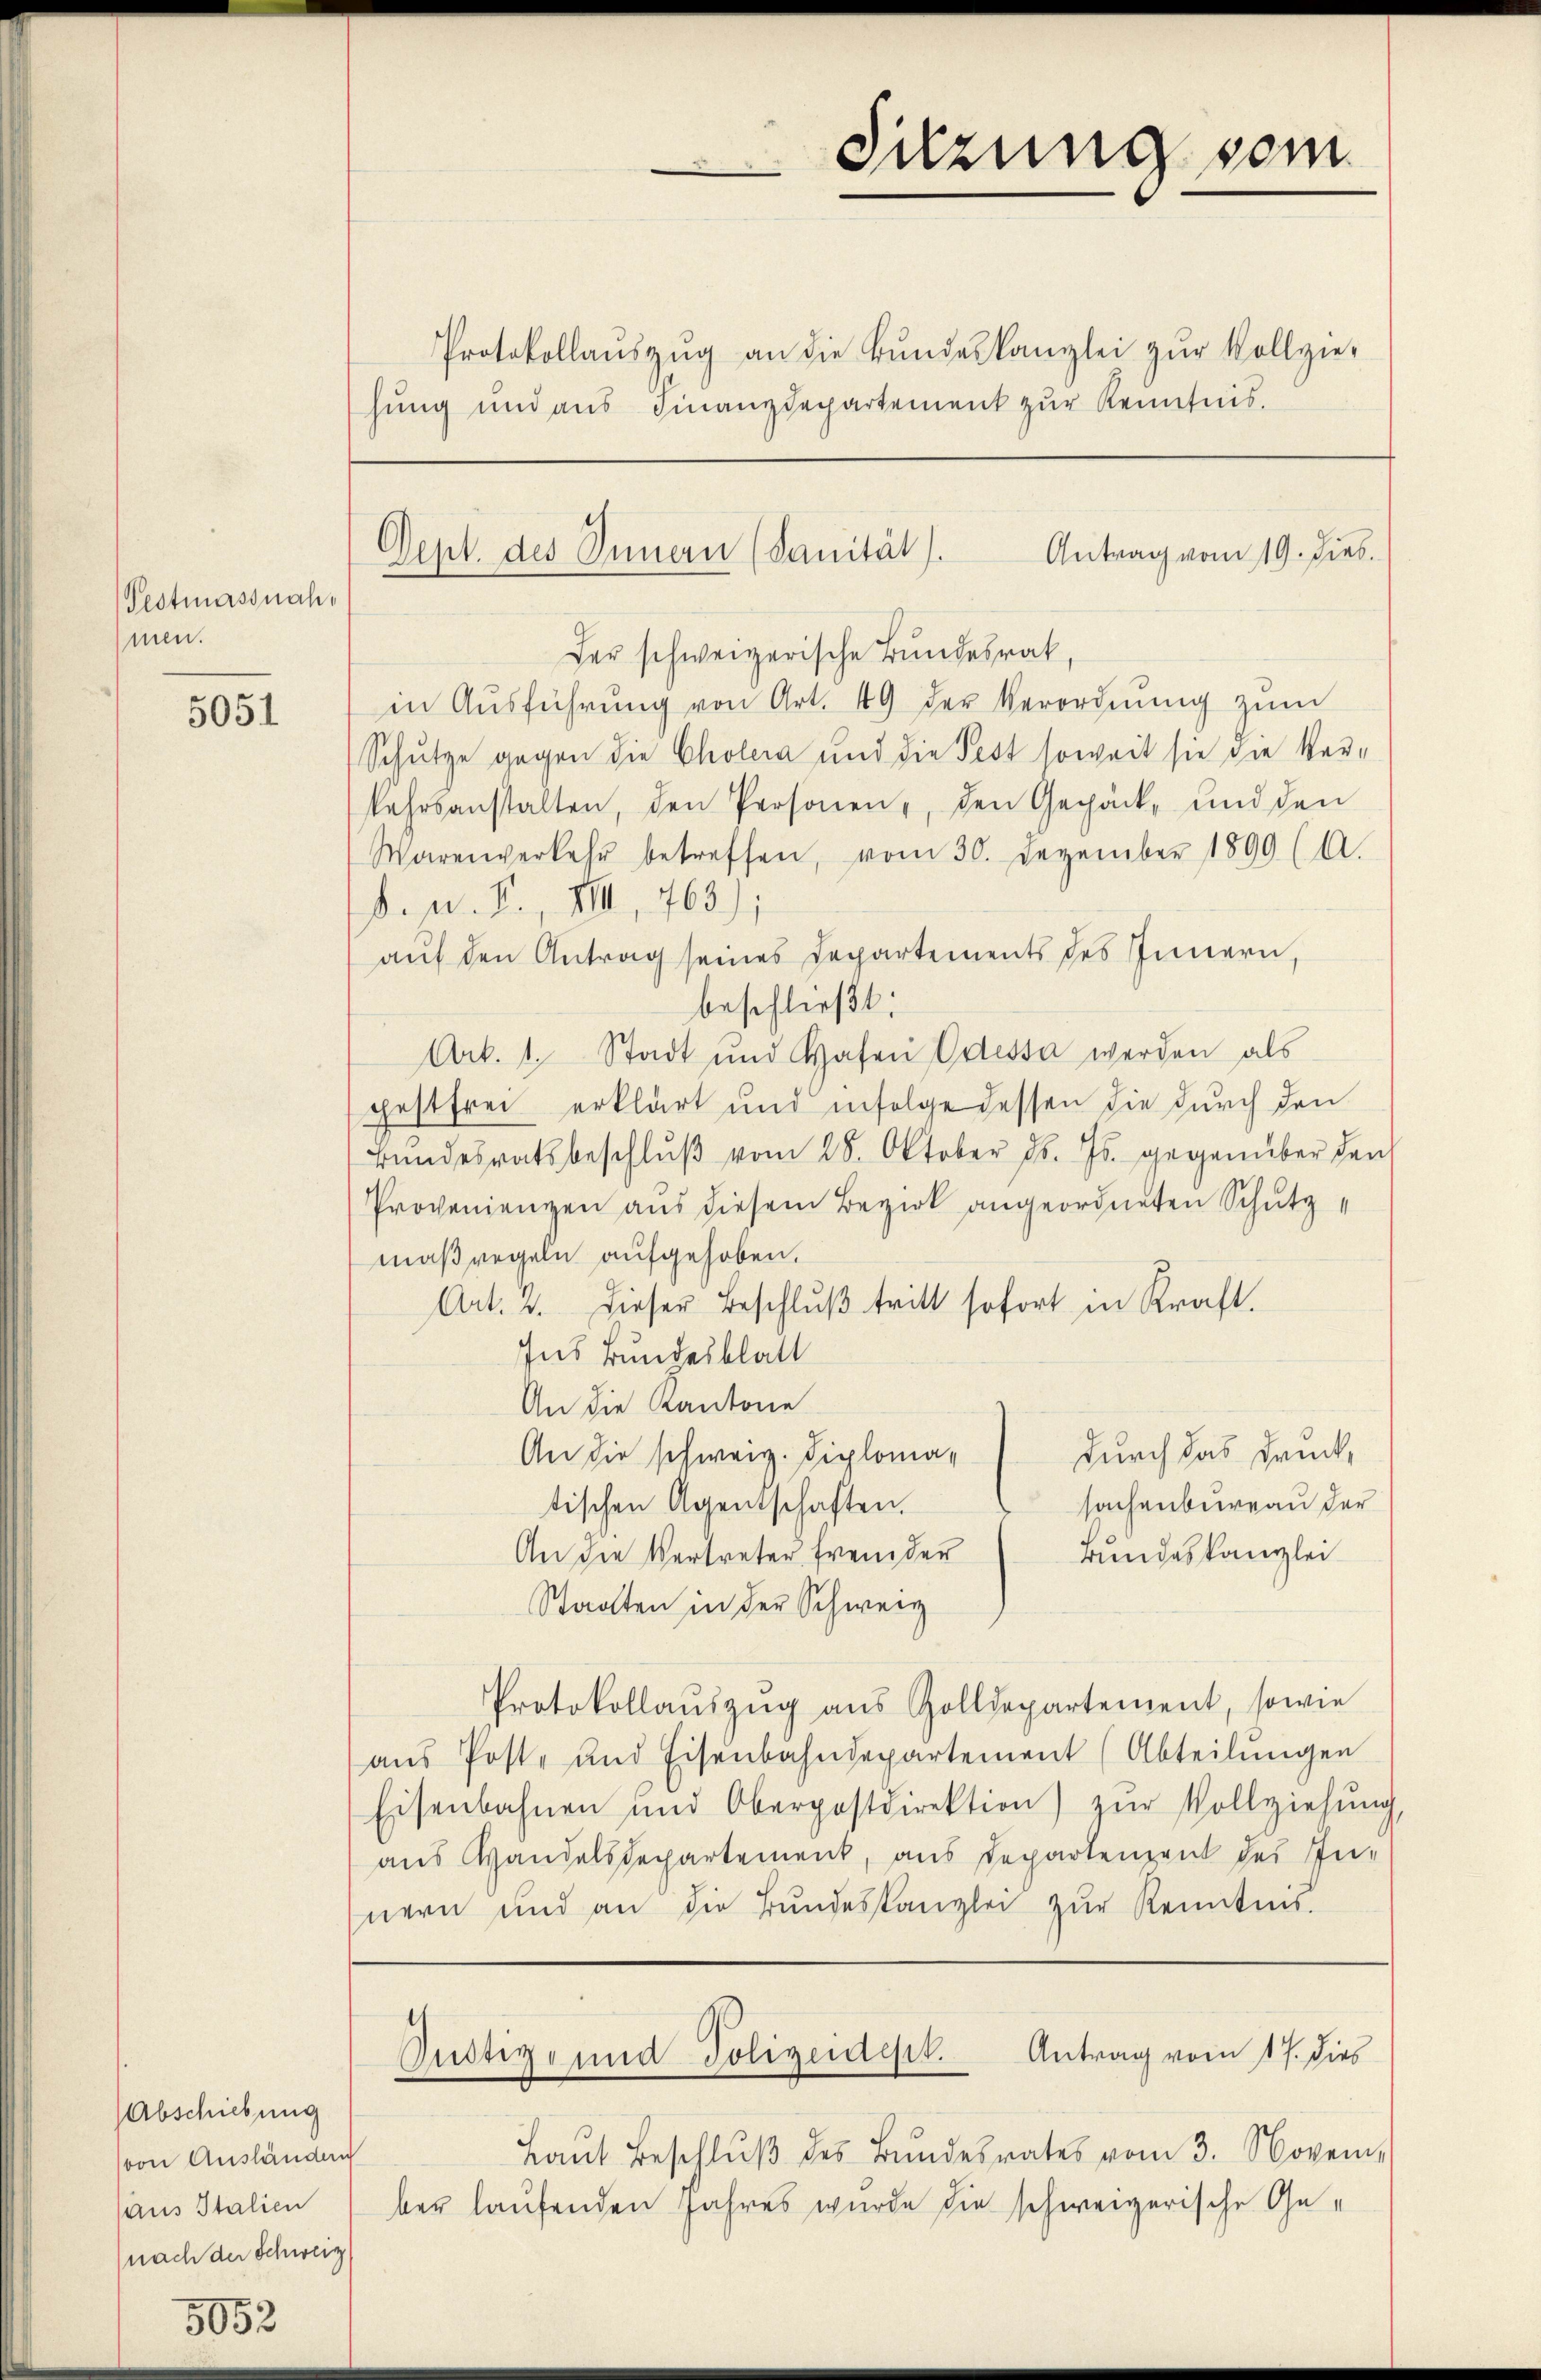
Pestmassnah
men.

5051

(Abschiebung
von Ausländern
aus Italien
nach der Schweiz

5052

Protokollaŭszŭg an die Bŭndeskanzlei zŭr Vollzie-
hung und aus Finanzdepartement zur Kenntnis.

Der schweizerische Bundesrat,
in Aŭsführŭng von Art. 49 der Verordnŭng zŭm
Schütze gegen die Cholera und die Fest soweit sie die Verkehrsanstalten, den Personen, den Gepäck, und den
Warenverkehr betreffen, vom 30. Dezember 1899 (A.
b. n. F., XIII, 763);
auf den Antrag seines Departements des Innern,
beschließt:
Art. 1. Stadt und Hafen Odessa werden als
gestfrei erklärt und infolge dessen die durch den
Bundesratsbeschlŭβ vom 28. Oktober d. Js. gegenüber den
Provenienzen aus diesem Bezirk angeordneten Schutzmaßregeln aufgehoben.
Art. 4. dieser Beschlŭβ tritt sofort in Kraft.
Ins Bundesblatt
An die Kantone
durch das Druck¬
An die schweiz. Diplomasachenbureau der
tischen Agentschaften.
An die Vertreter frei der
Bundeskanzlei
Staaten in der Schweiz
Protokollaŭszŭg aŭs Zolldepartement, sowie
aŭs Poste und Eisenbahndepartement (Abteilŭngen
Eisenbahnen und Oberpostdirektion) zŭr Vollziehŭng
aus Handelsdepartement, aus Departenzent des In-
nern und an die Bŭndeskanzlei zŭr Kenntnis.
Antrag vom 17. Dies
Pustiz und Polizeidept.
Laŭt Beschlŭβ des Bŭndesrates vom 3. Novem
ber laufenden Jahres wurde die schweizerische Ge¬

Sitzung vom

Antrag vom 19. Dies
Dept. des Innern (Sanität).